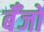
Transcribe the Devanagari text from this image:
बॅँजो